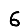
Digit: 6